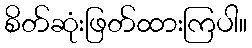
စိတ်ဆုံးဖြတ်ထားကြပါ။